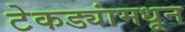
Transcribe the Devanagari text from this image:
टेकड्यांमधून